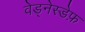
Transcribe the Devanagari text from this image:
वेड्नेस्डेफ़